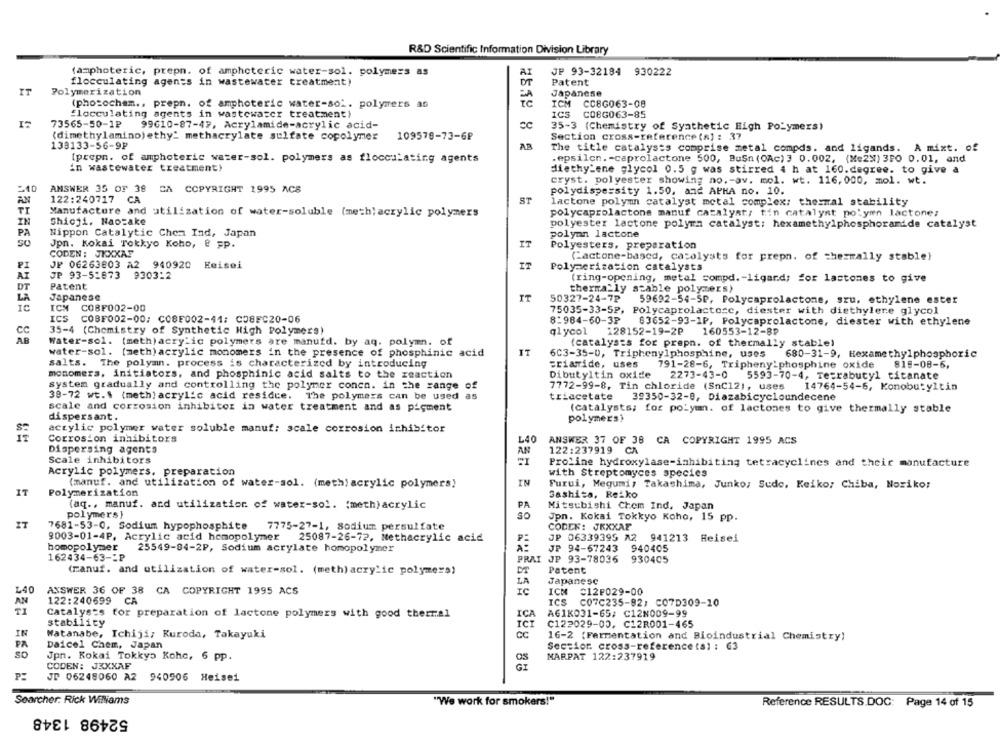
R&D Scientific Information Division Library
(amphoteric, prepn. of amphcteric water-sol. polymers as
A
JF 93-32184 930222
flocculating agents in wastewater treatment)
DT
Patent
IT
Polymerization
Japanese
(photocham ., prepn. of amphoteric water-sol. polymers as
ICM CC8G063-08
flocculating agents in wastewater treatment!
ICS
C08G063-85
73565-50-1₽
99610-87-47, Acrylamide-acrylic acid-
35-3 (Chemistry of Synthetic High Polymers)
(dimethylamino) ethy" methacrylate sulfate copolymer
109578-73-6₽
Section cross-reference (s) : 37
138133-56-9P
AR
253282
The title catalysts comprise metal compds. and ligands. A mixt. of
[prepn. of amphoteric water-sol. polymers as flocculating agents
.epsilon. - caprolactone 500, BuSn (OAc) 3 0.002. (Me2") 3PO 0.01, and
in wastewater treatment!
diethylene glycol 0.5 g was stirred 4 h at 160.degree. to give a
cryst. polyester showing no. - av. mol. wt. 116, 000, mol. wt.
540
ANSWER 35 OF 38 CM COPYRIGHT 1995 ACS
polydispersity 1.50, and APHA no. 10.
AN
122:240717
CA
ST
lactone polymn catalyst metal complex; thermal stability
TI
Manufacture and utilization of water-soluble (meth) acrylic polymers
polycaprolactone manuf catalyst; tin catalyst polyin lactone;
IN
Shicji. Naozake
polyester lactone polyma catalyst; hexamethylphosphoramide catalyst
PA
Nippon Catalytic Chen Ind, Japan
polymn lactone
SO
Jpn. Kokai Tokkyo Koho, @ pp.
IT
Polyesters. preparation
CODEN: JXXXAS
Ta
(actone-based, catolysts for prepn. of thermally stable)
JF 06263803 A2 940920 Eeisei
IT
Polymerization catalysts
AT
JP 93-51873 9303:2
(ring-opening, metal compd. - ligand; for lastones to give
DT
Patent
thermally stable polymers)
LA
Japanese
IT
50327-24-7P
59692-54-5P, Polycaprolactone, szu, ethylene ester
ICH
CO8F002-00
75035-33-5P, Polycaprolactose, diester with diethylene glycol
ICS
C08F002-00: C08F002-41; CO8FC20-06
8:984-60-3P
83652-93-1P, Polycaprolactone, diester with ethylene
cc
35-4 (Chemistry of Synthetic High Polymers)
glycol
128152-19-2P
160553-12-8P
AB
Water-sol. (meth) acrylic polymers are manutd. by aq. polymn. of
(catalysts for prepn. of thermally stable)
water-sol. [meth) acrylic monomers in the presence of phosphinic acid
IT
6C3-35-0, Triphenylphosphine, uses
680-31-9, Hexamethylphosphoric
salts. The polymn. process is characterized by introducing
criaride, uses
791-28-6, Triphenylphosphine oxide
819-08-6.
monomers, initiators, and phosphinic acid salts to the zeaction
Dibutyltin oxide
2273-43-0
5593-70-4, Tetrabutyl ticanate
system gradually and controlling the polymer conen. in the range of
7772-99-8, Tin chloride (SnC12), uses
14764-54-5, Konobutyltin
39-72 wt.\ (meth] acrylic acid residce. The polymers can be used as
triacetate
39350-32-0, Diazabicycloundecene
scale and corrosion inhibitor in water treatment and as pigment
(catalysts; for polymm. of lactones to give thermally stable
dispersant.
polymers)
acrylic polymer water soluble manuf: scale corrosion inhibitor
Corrosion inhibitors
L40
ANSWER 37 OF 38 CA COPYRIGHT 1995 ACS
Dispersing agents
AN
122:237919 CA
Scale inhibitors
Proline hydroxylase-inhibiting tetracyclines and their manufacture
Acrylic polymers. preparation
with Streptomyces species
IN
(manuf. and utilization of water-sol. (meth) acrylic polymers)
Furui, Megumi, Takashima, Junko: Sudo, Keiko; Chiba, Noriko;
IT
Polymerization
Gashita, Reżko
(aq ., manuf. and utilization of water-sol. (meth) acrylic
Mitsubishi Chem Ind. Japan
polymers }
Jpn. Kokai Tokkyo Koho, 15 pp.
IT
7681-53-0, Sodium hypophosphite
7775-27-1, Sodium persulfate
CODEN: JEXXAZ
9003-01-4P. Acrylic acid homopolymer
25087-26-72. Methacrylic acid
JP 06339395 A2 941213 Heisei
homopolymer
25549-84-2P, Sodium acrylate homopolymer
JP 94-67243
940405
162434-63 -- P
PRAI JP 93-78036 930405
(manuf. and utilization of water-sol. (meth) acrylic polymers)
Patent
LA
Japanese
L40
ANSWER 36 OF 38 CA COPYRIGHT 1995 ACS
ICH C12P029-00
AN
122:240699 CA
ICS
C07C235-92, C07D309-10
Catalyses for preparation of lactone polymers with good thermal
ICA
A61K031-65/ C12N009-99
stability
C122029-00, C12R001-465
IC
IN
Watanabe, Ichiji, Kuroda, Takayuki
CC
16-2 (Fermentation and Bioindustrial Chemistry!
PA
Daicel Chem, Japan
Section cross-reference tal : 63
Jpn. Kokai Tokkyo Kohe, 6 pp.
OS
MARPAT 122:237919
CODEN: JXXXAF
GI
JT 06248060 A2 940906 Heisei
Searcher. Rick Williams
"We work for smokers!"
Reference RESULTS .DOC: Page 14 of 15
52498 1348